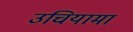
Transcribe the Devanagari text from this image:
उचियामा